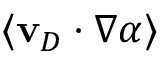
\langle \mathbf { v } _ { D } \cdot \nabla \alpha \rangle